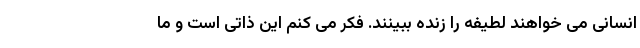
انسانی می خواهند لطیفه را زنده ببینند. فکر می کنم این ذاتی است و ما